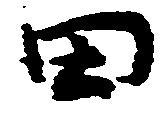
田